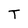
Character: T